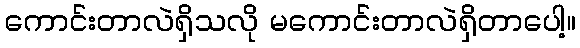
ကောင်းတာလဲရှိသလို မကောင်းတာလဲရှိတာပေါ့။